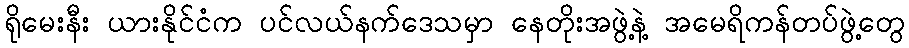
ရိုမေးနီး ယားနိုင်ငံက ပင်လယ်နက်ဒေသမှာ နေတိုးအဖွဲ့နဲ့ အမေရိကန်တပ်ဖွဲ့တွေ